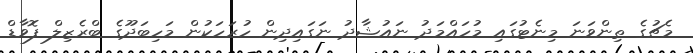
މެޗުގެ ތިންވަނަ މިނެޓުގައި މުހައްމަދު ނައުޝާދު ނަގައިދިން ހުރަހަކުން މަހިބަދޫގެ ބްރެޒިލް ފޮވާޑް